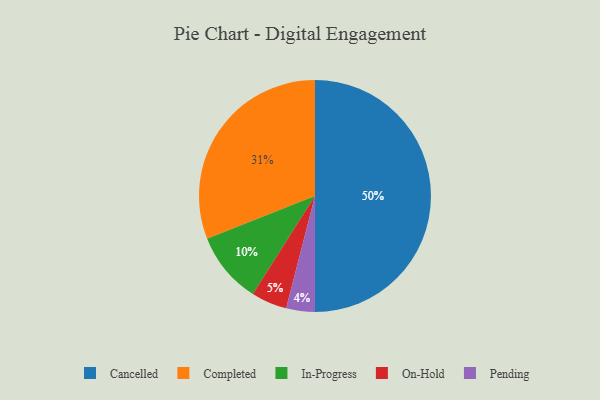
{"axis": {"x": "Category", "y": "Percentage"}, "legend": ["Cancelled", "Completed", "In-Progress", "On-Hold", "Pending"], "data": [{"x": "On-Hold", "y": 5, "type": "On-Hold"}, {"x": "Completed", "y": 31, "type": "Completed"}, {"x": "Pending", "y": 4, "type": "Pending"}, {"x": "In-Progress", "y": 10, "type": "In-Progress"}, {"x": "Cancelled", "y": 50, "type": "Cancelled"}]}